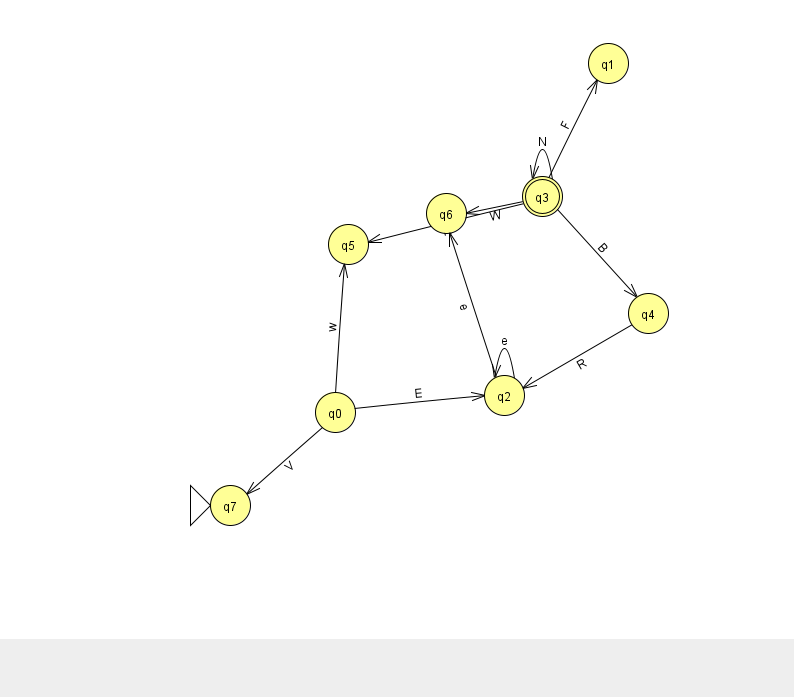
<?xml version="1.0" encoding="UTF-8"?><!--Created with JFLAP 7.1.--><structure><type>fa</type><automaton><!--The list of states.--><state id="0" name="q0"><x>335.0</x><y>399.0</y></state><state id="1" name="q1"><x>608.0</x><y>50.0</y></state><state id="2" name="q2"><x>504.0</x><y>382.0</y></state><state id="3" name="q3"><x>542.0</x><y>183.0</y><final/></state><state id="4" name="q4"><x>648.0</x><y>300.0</y></state><state id="5" name="q5"><x>348.0</x><y>231.0</y></state><state id="6" name="q6"><x>446.0</x><y>200.0</y></state><state id="7" name="q7"><x>230.0</x><y>492.0</y><initial/></state><!--The list of transitions.--><transition><from>0</from><to>2</to><read>E</read></transition><transition><from>3</from><to>1</to><read>F</read></transition><transition><from>3</from><to>4</to><read>B</read></transition><transition><from>3</from><to>6</to><read>W</read></transition><transition><from>2</from><to>2</to><read>e</read></transition><transition><from>3</from><to>5</to><read>R</read></transition><transition><from>0</from><to>5</to><read>w</read></transition><transition><from>2</from><to>6</to><read>e</read></transition><transition><from>3</from><to>3</to><read>N</read></transition><transition><from>0</from><to>7</to><read>V</read></transition><transition><from>4</from><to>2</to><read>R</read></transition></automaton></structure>